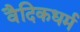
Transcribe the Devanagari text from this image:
वैदिकधर्म